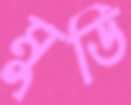
মুডি